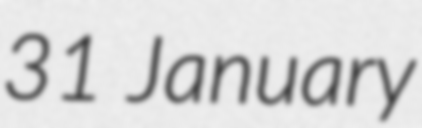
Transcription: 31 January